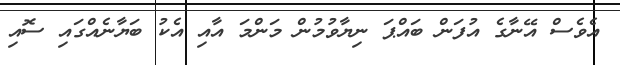
އެވެސް އޭނާގެ އުފަން ބައްޕަ ނިޔާވުމުން މަންމަ އާއި އެކު ބަޔާނެއްގައި ސޮއި